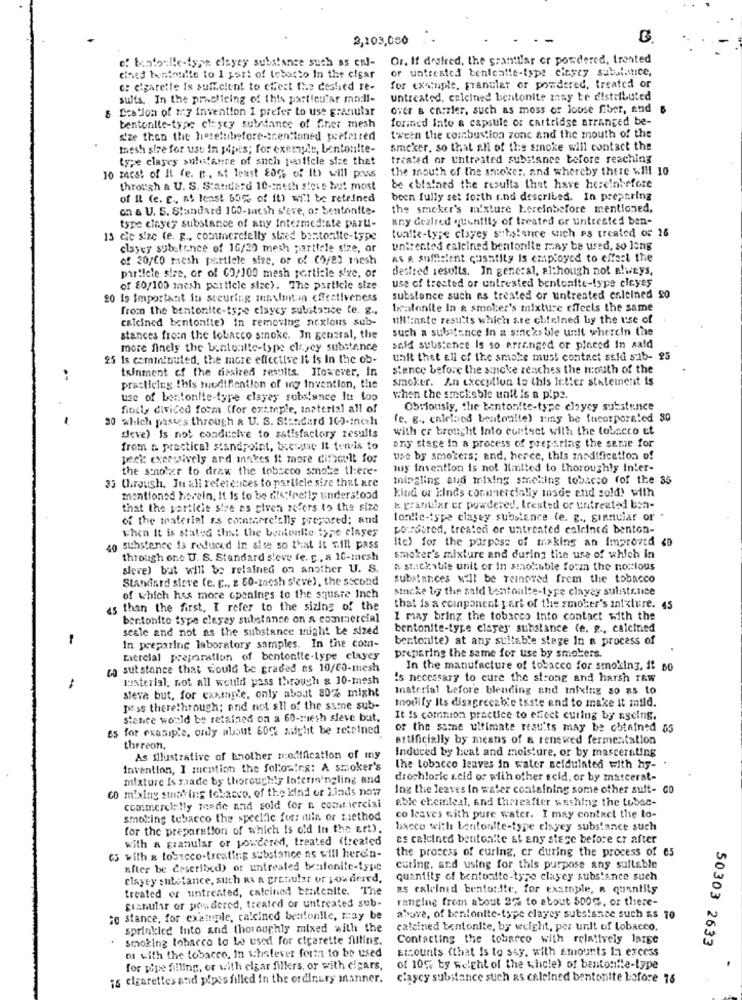
2,103,080
Or. If desired, the granttar or powdered, trented
of bentoalle-type eleyey substance such as enl-
or untreated bentealte-type cieyey subalistice,
cined bentonite to 1 part of tobarto In the clear
c: cigarette is sufficient to cfest the deshied re-
for example, granuler or powdered, treated or
sults. In the practicing of this particular modi-
untreated, celcined bentonite zasy te distributed
Das Jon of my invention I prefer to use granular
over & en:zler, such as moss or loose fiber, and $
forined into & capsule or cartridge arranged be-
bentonite-type claycy substance of fner mesh
size then the herehibefore-mentioned preferred
tween the combustion zonc and the mouth of the
thesh sire for use In pipis; for exemple, bentonite-
smeker, so that all of the smoke will contact the
type clayes substance of such particle size thet
treated or untreated substance before reaching
the mouth of the smoker, and whereby there will 10
10 zacst of Il fe. E. at least 80% of It) will pass
through a U. S. Standerd 10-mesh steve but most
be obtained the results that have hereinbefore
of It (e. E ., at least 60% of it) will be retrined
been fully set forth r.nd described. In preparing
on & U. S. Standard 100-mesh s'ere, o: bentonite-
the smoker's m'sture hereinbefore mentioned,
any cealred quantity of treated or untrested ben-
type clayey substance of any Intermediate parti-
toafte-type clayey substance such as treated of 26
13 cie size (e. g ., commercially sted bentonite-type
clayey substance of 16/20 mesh partiele size, ar
untreated calcined bentonite may be used, so long
of 20/60 mesh partiele siee, or of coyes mesh
as A somhelent cusatily is employed to effect the
particle sire, or of GO/100 mesh particle size, or
desfred results. In general, although not elweys,
of 80/100 mesh particle size). The particle size
use of treated or untreated bentonite-type eleyes
20 19 Important fo securing zeavlinten effectiveness
substance such as treated or untreated enlelned 20
from the bentonite-tspe clayey substance le. g .,
bentonite In & smoker's mixture effects the same
calcined bentonite) in removing noxious sub-
ulli:nate results which ste chfelned by the use of
such a substance In a sincksble unit wherein the
stances from the tobacco smoke. In general, the
more finely the bentoul!e-type clayey substance
said substence Is so erranged or pinced in sald
25 Is caminiouted, the more effective Ii is In the ob-
unit thet Ell of the smoke must contact seid sib- 25
tainment of the desired results. However, In
stance before the sincke reaches the mouth of the
smoker. An exception to this letter statement is
practicing this muudifiention of ing Invention, the
use of bentonite-type clayey substance itt too
when the sick:sble unit is a pipe.
findly divided form (for ext.teple, inaterial all of
Obriously, the bentonite-type clayey substance
30 which passes through & U. S. Standard 100 -: noch
(e. g ., caletaod bentonite) ring be incorporated 30
with er brought Into contact with the tobacco ct
deve) Is not conducive to satisfactory results
from a practical standpoint, Ixesuse It tenis to
any stage in a process of preparing the seme for
peck excessively and inakes It more difscult for
use by smokers; and, herce, this modification of
the sonoler to draw the tobacco smoke there-
muy invention is not Halted to thoroughly inter-
33 through. In all references to parifele size that are
mingling aud mixing smoking tobacco fof the 35
kind or kinds cornercialiy tosde and sold! with
mentioned herein, It Is to be ffe"feetly understood
that the particle siye as tiven refers to the size
k granular er powdered, trested or untreated bon-
of the material is commercials prepared; and
fonile-type clasey substance (e. g ., granular or .
powdered, treated or untreated calcined benton-
when It is stated that the bentoulle type clases
Ite) for the purpose of making an Improved <D
40 substance is reduced in site so that it will pass
through one U. S. Standard sleve fe. , a 10-mesh
smoker's mixture and during the use of which in
slere) but will be retained on another U. S.
a stickaute unit or In smokable form the noxious
Standard sieve (e. E ., 2 60-maesh sieve), the second
substances will be removed from the tobacco
stacke by the sald bentoulte-type clayey sulistence
of which has more openings to the square Inch
as than the first, I refer to the sizing of the
that is a coinpaneel part of the smoker's in!ature. 45
bentonite type eleyay substance on a commercial
I may bring the tobacco into contact with the
sesle and not as the substance mnight be sized
bentonite-type clayes substance (e. g ., calcined
-
bentonite) at any suitable stage In a process of
In preparing laboratory samples. In the com-
mercial preparation of bentonite-type clayey
preparing the same for use by smokers.
do substance that would be graded es 10/00-mesh
In the manufacture of tobacco for smoking, it 60
kusterial, not all would pass through & 10-mesh
Is necessary to cure the strong and harsh rew
-
material Lefore blending and inixing so as to
steve but, for cxxinte, only about 80% might
mnouify Its disagrecable taste end to make it mild.
pass therethrough; and not all of the same sub-
stanice would be retained on a 60-miesh sleve but,
It is common practice to effect curing by ageing.
Es for example, only about 60% might be retained
of the same ultimate results may be obtained 05
artificially by means of & renewed fermentation
thereon.
Induced by heat and moisture, or by mascerating
As illustrative of brother modification of my
Invention, I mention the following: A smoker's
the tobacco leaves in water seidulated with hy-
mixture Is maade by thoroughly Intermingling and
drochloric acid or with other scid, or by matcerat-
co mixing smaying tobacco, of the kind or liads now
Ing the leaves in water containing some other suit- Co
able chemleal, And thereafter washing the tobec-
commercially teede and sold for & commercial
smoking tobacco the specific forz min or method
co leaves with pure water. I may contact the lo-
for the preparation of which Is old In the art).
bacco with bentonite-type clayey substance such
with a granular or powdered, treated (treated
es calcined bentonite &t any stege before cr after
the process of curing, cr during the process of 05
65 with a losecco-treating substance as will here'n-
after be described) or untreated bentonite-type
curing, and using for this purpose any suitable
clayey substance, such as a grenular or powdered,
quantity of bentonite-type clayey substance such
treated or untreated, calcined bentenite. The
as calelned bentonite, for example, R quantity
granular or posdered, treated or untreated sub-
ranging from about 2% to about 500%, or there-
;e stance, for example, calcined bealonlle, may be
above, of bentonite-type clayey substance such as 70
sprinkled Into and thoroughly mixed with the
calcined bentonite, by weight, per unit of tobacco.
Smoking lohaceo to be used for cigarette filling.
Contacting the tobacco with relatively large
50303 2633
os with the tobacco. In whatever forma to be used
Elcounts (that is to say, with amounts In excess
for pipe filling, or with elgar fillers, or with cigars,
of 10% ty weight of the whole) of bentonite-type
is cigarettes and pipes filled in the ordinary manner.
claycy substance such as celelned bentonite bofore 76